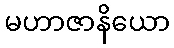
မဟာဇာနိယော